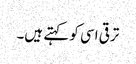
ترقی اسی کو کہتے ہیں۔